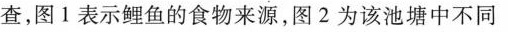
查，图1表示鲤鱼的食物来源，图2为该池塘中不同